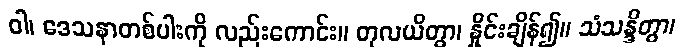
ဝါ၊ ဒေသနာတစ်ပါးကို လည်းကောင်း။ တုလယိတွာ၊ နှိုင်းချိန်၍။ သံသန္ဒိတွာ၊